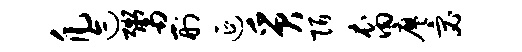
凡迹鬻刑延质陌裔廖宓